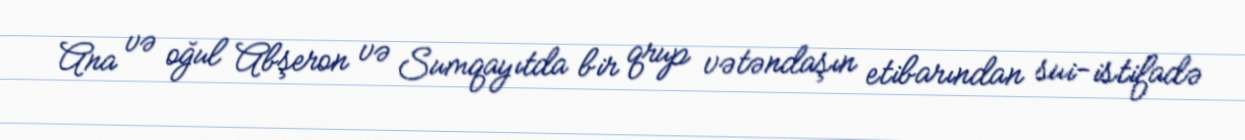
Ana və oğul Abşeron və Sumqayıtda bir qrup vətəndaşın etibarından sui-istifadə